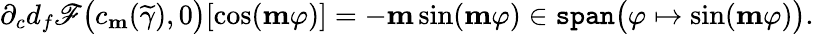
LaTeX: \partial_{c}d_{f}\mathscr{F}\big(c_{\mathbf{m}}(\widetilde{\gamma}),0\big)[\cos(\mathbf{m}\varphi)]=-\mathbf{m}\sin(\mathbf{m}\varphi)\in\mathtt{span}\big(\varphi\mapsto\sin(\mathbf{m}\varphi)\big).